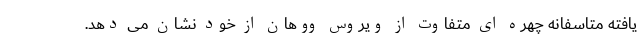
یافته متاسفانه چهره ای متفاوت از ویروس ووهان از خود نشان می دهد.